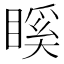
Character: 𥉐